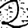
Digit: 2